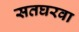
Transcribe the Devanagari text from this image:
सतघरवा